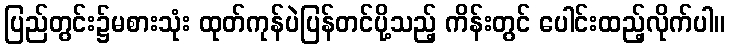
ပြည်တွင်း၌မစားသုံး ထုတ်ကုန်ပဲပြန်တင်ပို့သည့် ကိန်းတွင် ပေါင်းထည့်လိုက်ပါ။